Source: Handwritten
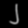
Digit: ၂ (2)